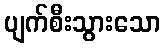
ပျက်စီးသွားသော